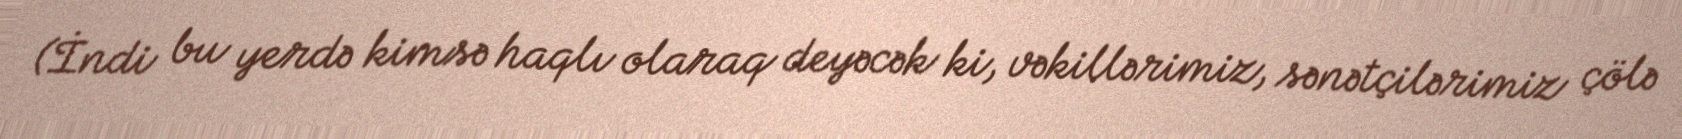
(İndi bu yerdə kimsə haqlı olaraq deyəcək ki, vəkillərimiz, sənətçilərimiz çölə